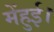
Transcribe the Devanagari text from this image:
मेंहुई।